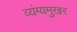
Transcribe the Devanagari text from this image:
व्यंग्यमुखर